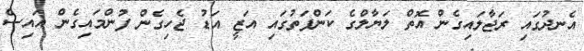
އެނދުގައި ރަޖާލައިގެން އޮތް ލަޔާލްގެ ކަންފަތުގައި އަޒީ އަޑު ޖެހިގެން ފުންމައިގެން އައިސް